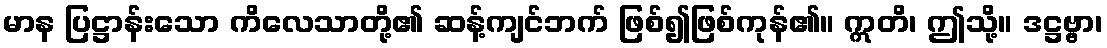
မာန ပြဋ္ဌာန်းသော ကိလေသာတို့၏ ဆန့်ကျင်ဘက် ဖြစ်၍ဖြစ်ကုန်၏။ ဣတိ၊ ဤသို့။ ဒဋ္ဌဗ္ဗာ၊